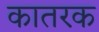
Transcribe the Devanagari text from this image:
कातरक